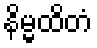
နိမ္မထိတံ